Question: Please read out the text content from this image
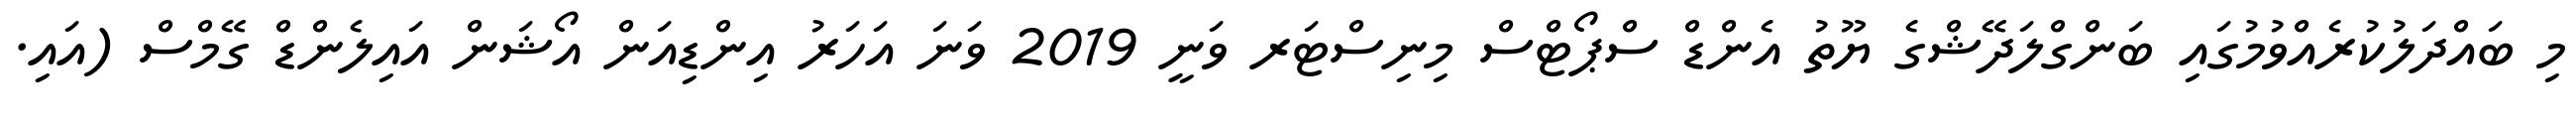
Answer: މި ބައްދަލުކުރެއްވުމުގައި ބަންގްލަދޭޝްގެ ޔޫތު އެންޑް ސްޕޯޓްސް މިނިސްޓަރ ވަނީ 2019 ވަނަ އަހަރު އިންޑިއަން އޯޝަން އައިލެންޑް ގޭމްސް (އައި.